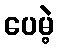
ပေမဲ့